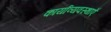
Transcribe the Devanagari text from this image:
कार्याव्यवस्थाएँ